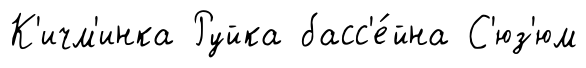
К'ичм'инка Руйка басс'е́йна С'юз'юм